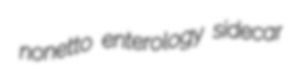
nonetto enterology sidecar